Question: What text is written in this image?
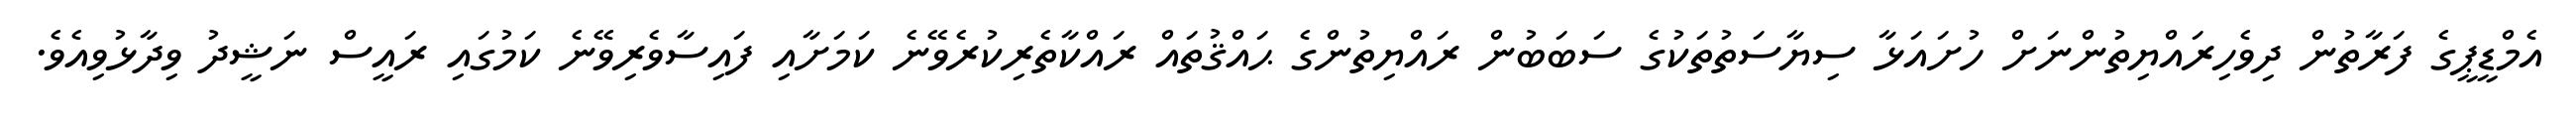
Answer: އެމްޑީޕީގެ ފަރާތުން ދިވެހިރައްޔިތުންނަށް ހުށައަޅާ ސިޔާސަތުތަކުގެ ސަބަބުން ރައްޔިތުންގެ ޙައްޤުތައް ރައްކާތެރިކުރެވޭނެ ކަމަށާއި ފައިސާވެރިވޭނެ ކަމުގައި ރައީސް ނަޝީދު ވިދާޅުވިއެވެ.